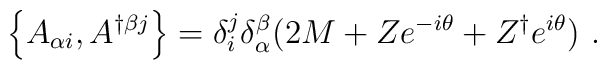
\left\{ A_{\alpha i},A^{\dagger \beta j}\right\}= \delta_i^j\delta_\alpha^\beta (2M+ Ze^{-i\theta}+Z^\dagger e^{i\theta})\ .